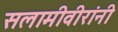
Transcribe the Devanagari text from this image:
सलामीवीरांनी